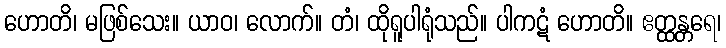
ဟောတိ၊ မဖြစ်သေး။ ယာဝ၊ လောက်။ တံ၊ ထိုရူပါရုံသည်။ ပါကဋံ ဟောတိ။ ဧတ္ထန္တရေ၊